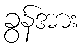
ခွန်အား